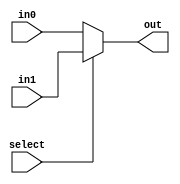
//select=0in0,in1

`timescale 1ns/1ps
module MUX (
    input select,//
    input[31:0] in0,//0
    input[31:0] in1,//1
    output[31:0] out//
);
    assign out=select?in1:in0;

endmodule

module MUX_tb;
    reg select;
    reg[31:0] in0,in1;
    wire[31:0] out;
    MUX mux (
    .select(select),
    .in0(in0),
    .in1(in1),
    .out(out)
    );

    initial begin
        select<=0;
        in0<=0;
        in1<=1;
        #10 select<=1;
        #10 $stop;
    end
    
endmodule